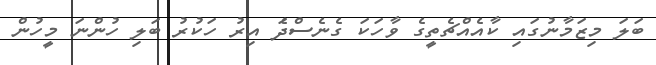
ބަލަ މިޒަމާނުގައި ކާއެއްޗެތީގެ ވާހަކަ ގެނެސްދަެ އިރު ހަކުރު ބަލި ހުންނަ މީހުން